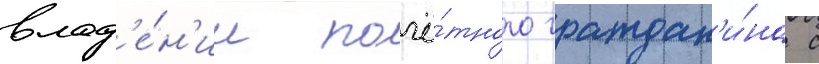
влад'е́н'ии почё́тного граждан'и́на с